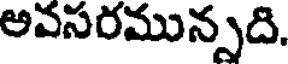
అవసరమున్నది.